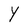
Character: Y